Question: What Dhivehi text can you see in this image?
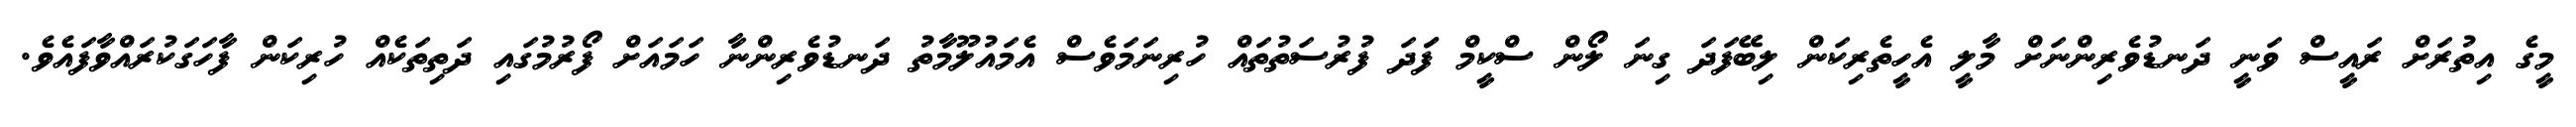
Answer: މީގެ އިތުރަށް ރައީސް ވަނީ ދަނޑުވެރިންނަށް މާލީ އެހީތެރިކަން ލިބޭފަދަ ގިނަ ލޯން ސްކީމް ފަަދަ ފުރުސަތުތައް ހުރިނަމަވެސް އެމައުލޫމާތު ދަނޑުވެރިންނާ ހަމައަށް ފޯރުމުގައި ދަތިތަކެއް ހުރިކަން ފާހަގަކުރައްވާފައެވެ.